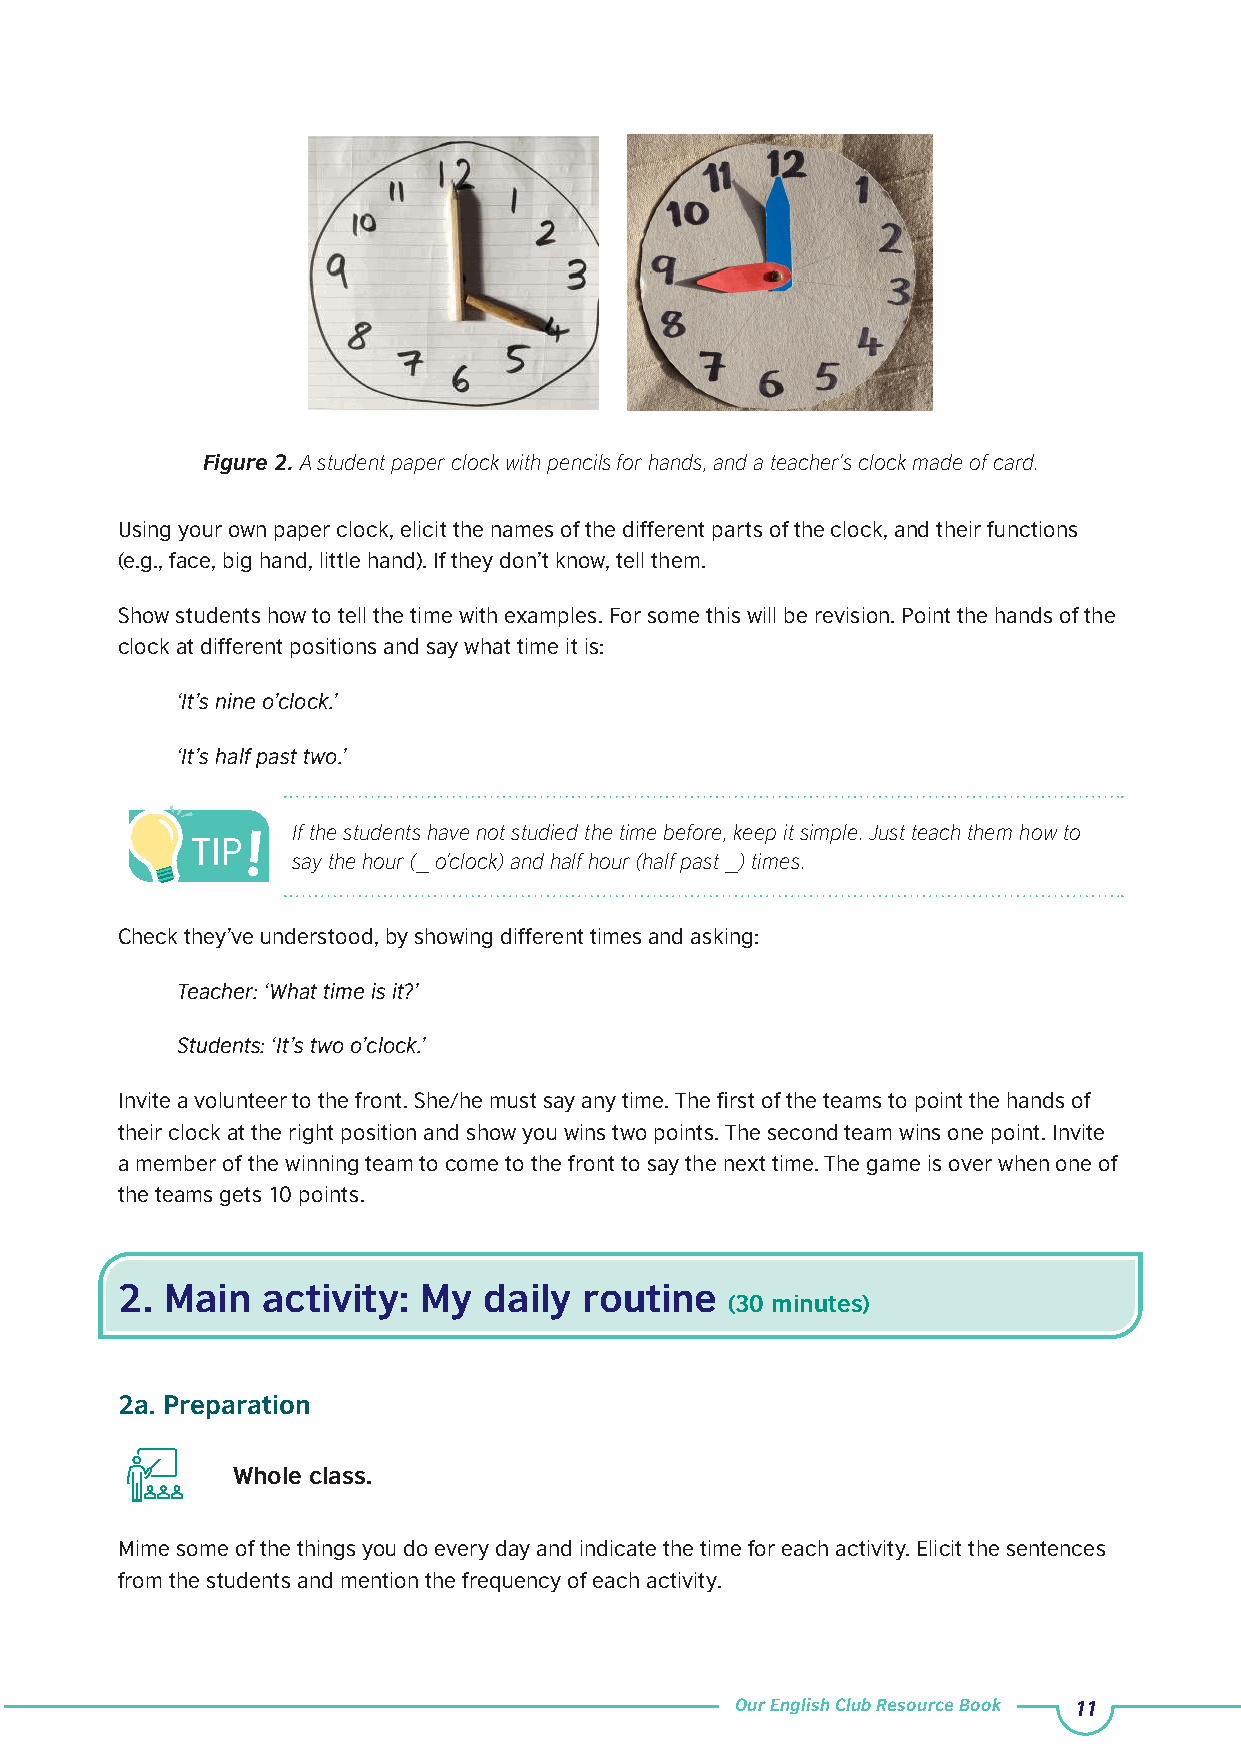
Figure 2. A student paper clock with pencils for hands, and a teacher’s clock made of card.
 Using your own paper clock, elicit the names of the different parts of the clock, and their functions
 (e.g., face, big hand, little hand). If they don’t know, tell them.
 Show students how to tell the time with examples. For some this will be revision. Point the hands of the
 clock at different positions and say what time it is:
 ‘It’s nine o’clock.’
 ‘It’s half past two.’
 If the students have not studied the time before, keep it simple. Just teach them how to
 say the hour (_ o’clock) and half hour (half past _) times.
 Check they’ve understood, by showing different times and asking:
 Teacher: ‘What time is it?’
 Students: ‘It’s two o’clock.’
 Invite a volunteer to the front. She/he must say any time. The first of the teams to point the hands of
 their clock at the right position and show you wins two points. The second team wins one point. Invite
 a member of the winning team to come to the front to say the next time. The game is over when one of
 the teams gets 10 points.
 2. Main  activity:  My  daily  routine
 (30 minutes)
 2a. Preparation
 Whole class.
 Mime some of the things you do every day and indicate the time for each activity. Elicit the sentences
 from the students and mention the frequency of each activity.
 Our English Club Resource Book 11